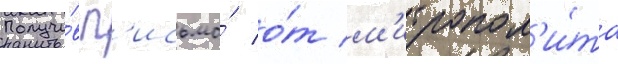
Получи́в п'исьмо́ о́т м'итропол'и́та